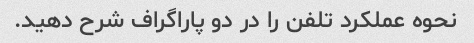
نحوه عملکرد تلفن را در دو پاراگراف شرح دهید.